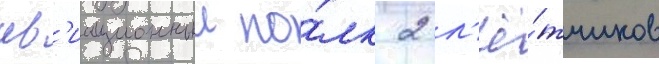
ав'иационныи по́лк 2 л'ё́тчиков